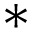
^ { * }